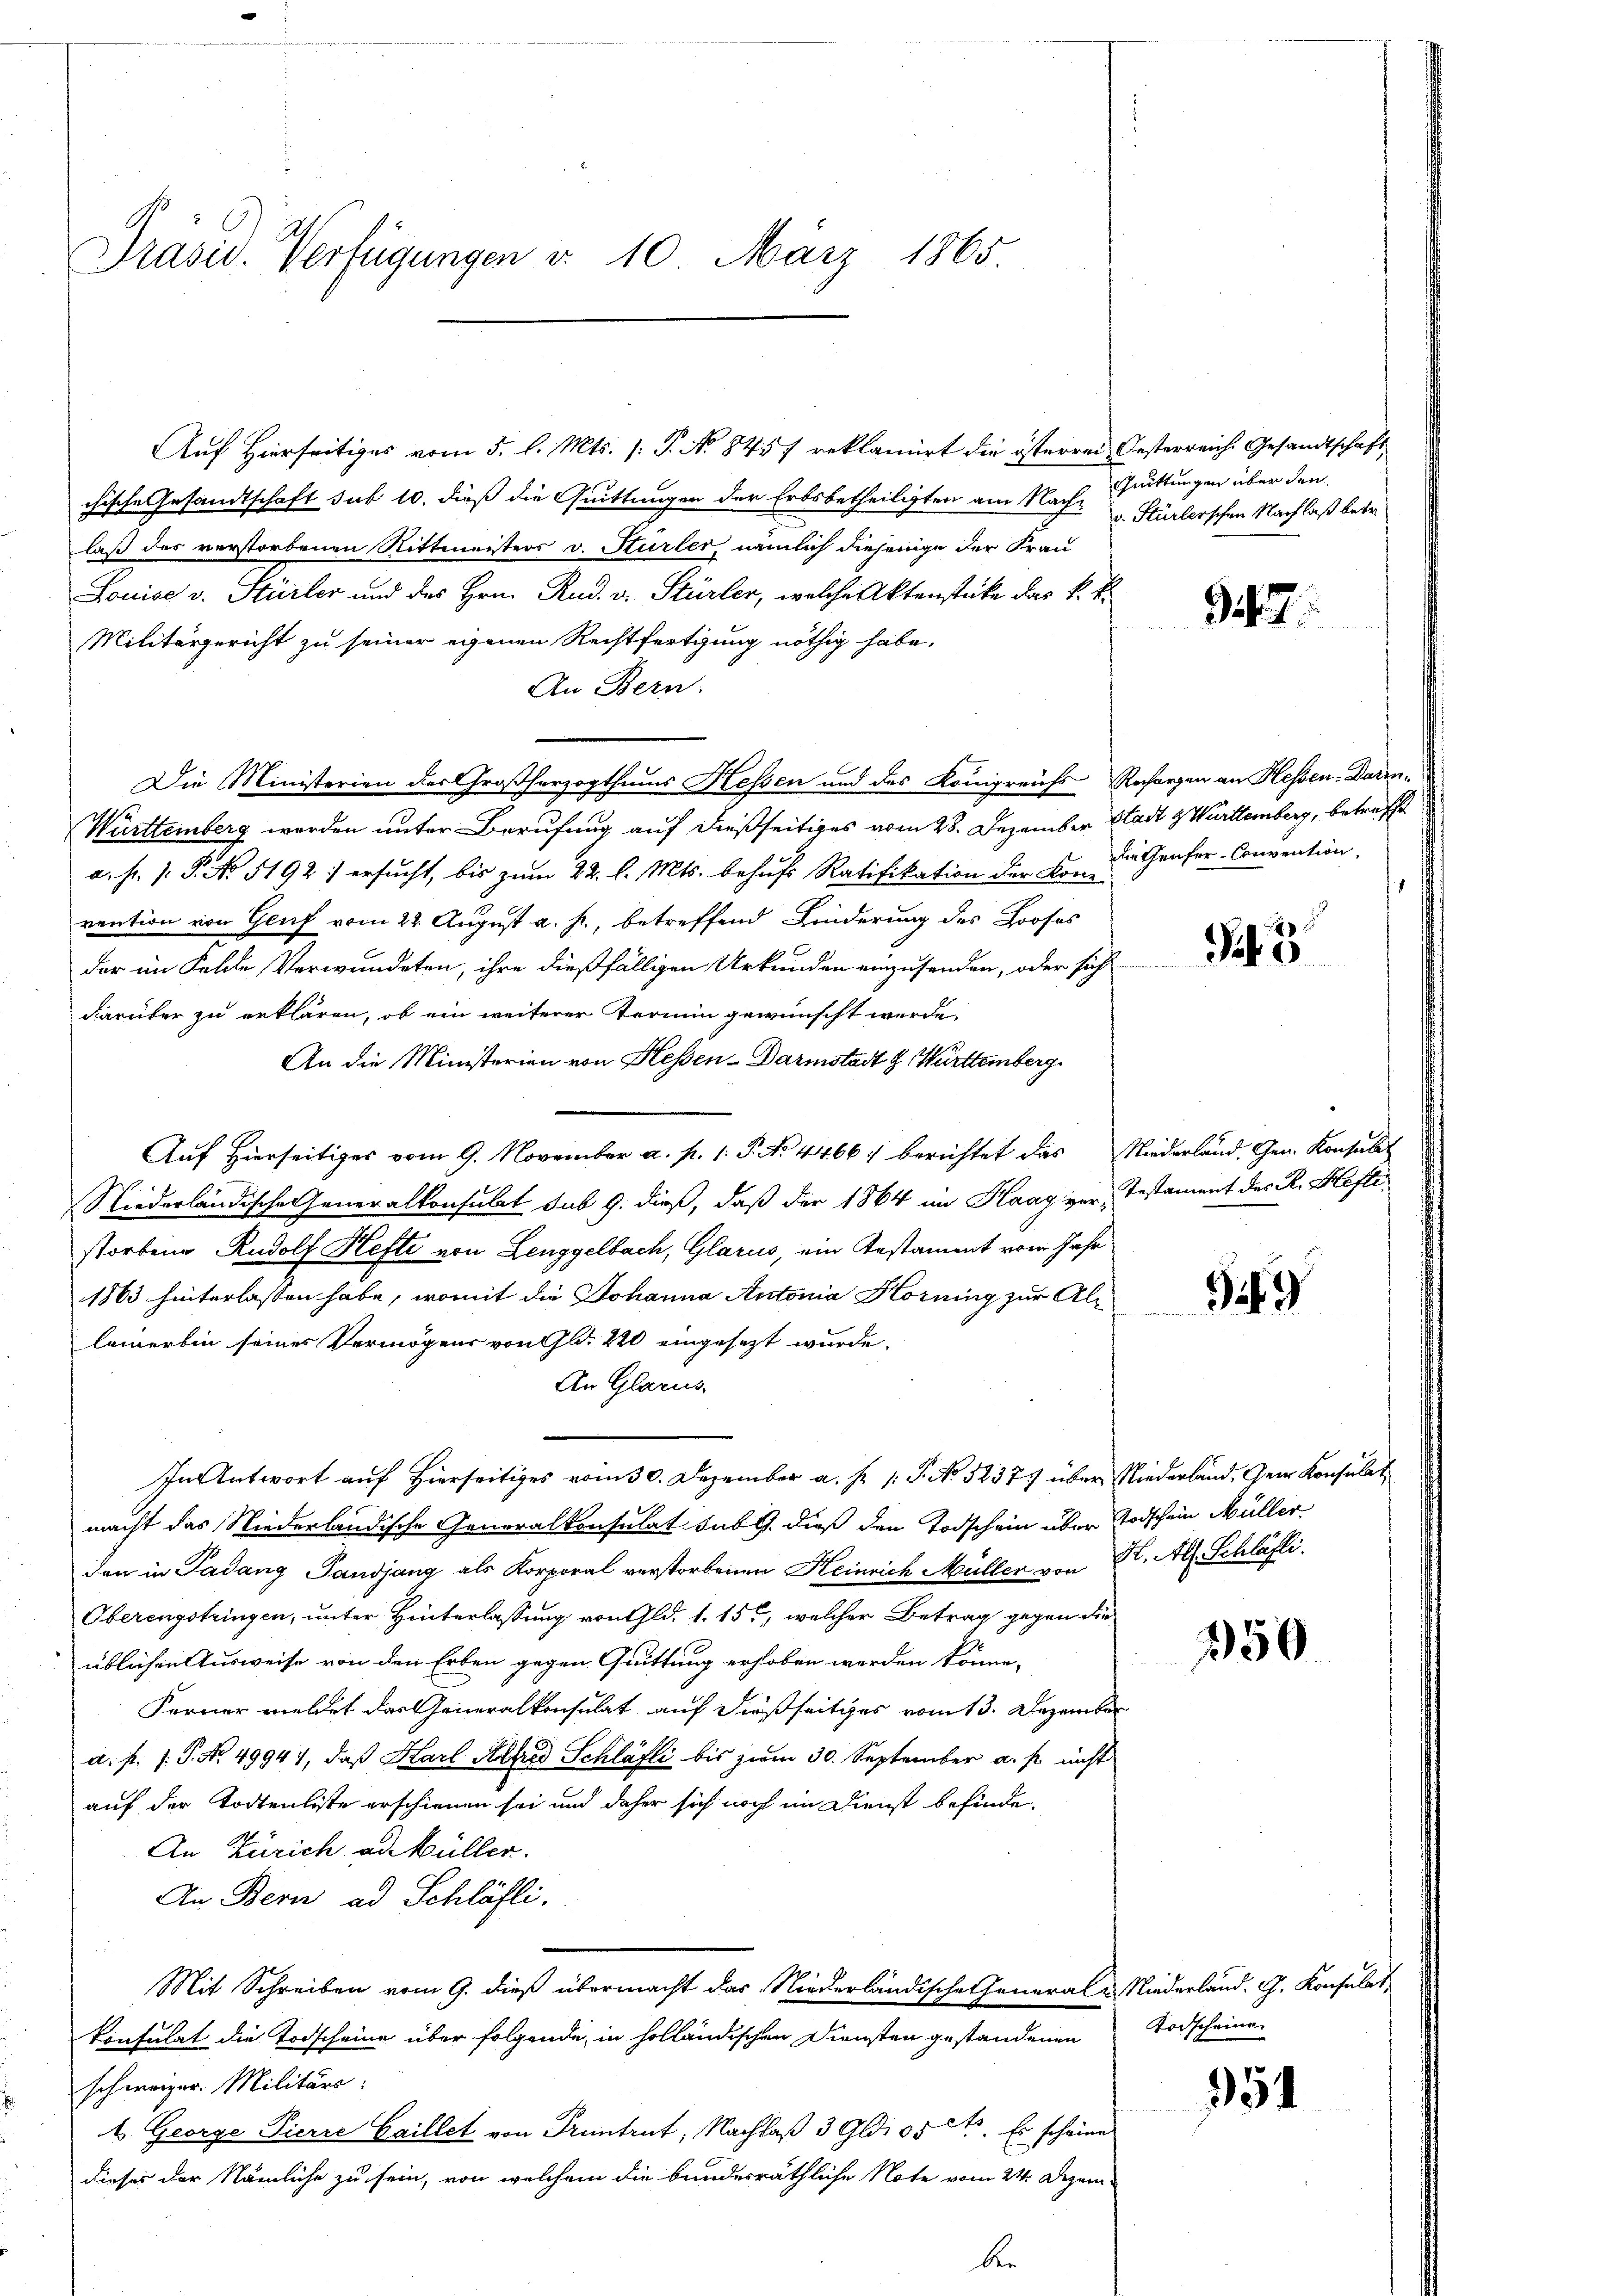
Präsid. Verfügungen d. 10. März 1865.

Auf Hierseitiges vom 5. l. Mts. /: P. No 845 / reklamiert die österren Oesterreiche Gesandtschaft
chische Gesandtschaft sub 10. dieß die Quittungen der Erbsbetheiligten am Nach Quittungen über den
laß des verstorbenen Rittmeisters v. Stürler, nämlich diejenige der Frau
Louise v. Stürler und des Hrn. Rud. v. Stürler, welche Aktenstücke das k. k.
Militärgericht zu seiner eigenen Rechtfertigung nöthig habe,
An Bern.
Die Ministerien des Großherzogthums Hessen und des Königreichs Resorgen an Hessen-Darin¬
Württemberg werden unter Berufung auf dießseitiges vom 28. Dezember Stadt & Württemberg, betreffe
a. f. P. No 5192) ersucht, bis zum 22. l. Mts. behufs Ratifikation der Konvention von Genf vom 22. August a. p., betreffend Linderung des Looses
der im Felde Verwundeten, ihre dießfälligen Urkunden einzusenden, oder sich
darüber zu erklären, ob ein weiterer Termin gewünscht werde.
An die Ministerien von Hessen-Darmstadt & Württemberg.
Aŭf Hierseitiges vom 9. November a. p. 1. P. No. 44667 berichtet das Niederland, Gen. Konsulat
Niederländische Generalkonsulat sub 9. dieß, daß der 1864 im Haagger, Testament des R. Heftistorbene Rudolf Hefte von Lenggelbach, Glarus, ein Testament vom Jahr
1863 hinterlassen habe, womit die Johanna Antonia Horning zur Aleleinerbin seines Vermögens von Gl. 220 eingesezt wurde.
An Glarus,
In Antwort auf hierseits vom 30. Dezember a. pr. 1. P. No 52377 über Niederland, Herr Konsulat
macht das Niederländische Generalkonsulat sub. dieß den Todschein über Todschein Müller
den in Padans Pandjang als Korporal verstorbenen Heinrich Müller von Kt. All. Schläfti
Oberengstringen, unter Hinterlassung von 1 Gld. 1. 15, welcher Betrag gegen die
üblichen Ausweise von den Erben gegen Quittung erhoben werden könne.
Ferner meldet das Generalkonsulat auf dießseitiges vom 13. Dezember
a. f. 1. P. No. 49947, daß Karl Alfred Schläfli bis zum 30. September a. p. nicht
auf der Todtenliste erschienen sei und daher sich noch im Dienst befinde.
An Zürich ad Müller.
An Bern ad Schläfli
Mit Schreiben vom 9. dieß übermacht das Niederländische General u Niederland. G. Konsulat
konsulat die Todscheine über folgende, in holländischen Diensten gestandenen Todscheinen
schweizer. Militärs:
1. George Pierre Gaillet von Pruntrut, Nachlaß 3 Gldi 051. Es scheine
dieses der Nämliche zu sein, von welchem die bunderräthliche Note vom 24. Dezemb.

v. Stürlerschen Nachlaß betr.

97

Aethenfer-Convention.

43

9

356

951